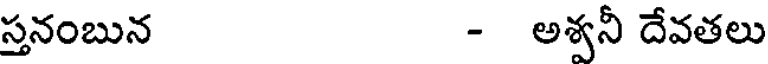
స్తనంబున - అశ్వనీ దేవతలు